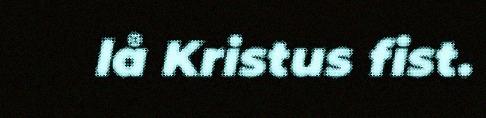
lå Kristus fist.